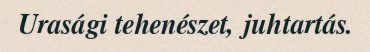
Urasági tehenészet, juhtartás.